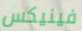
فينيكس